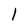
Character: l